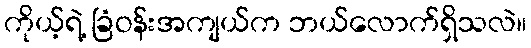
ကိုယ့်ရဲ့ ခြံဝန်းအကျယ်က ဘယ်လောက်ရှိသလဲ။